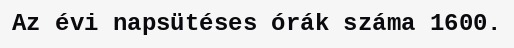
Az évi napsütéses órák száma 1600.